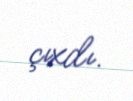
çıxdı.